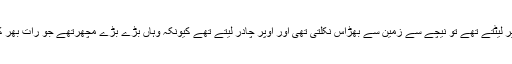
جب زمین پر لیٹتے تھے تو نیچے سے زمین سے بھڑاس نکلتی تھی اور اوپر چادر لیتے تھے کیونکہ وہاں بڑے بڑے مچھرتھے جو رات بھر کاٹتے تھے۔